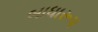
બાધારૂપ